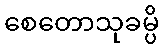
စေတောသုခမ္ပိ